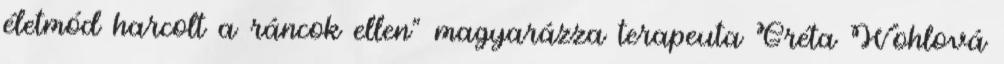
életmód harcolt a ráncok ellen” magyarázza terapeuta Gréta Wohlová